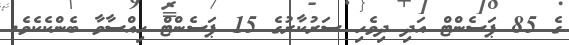
ގެ 85 ޕަސެންޓް އަދި ދިވެހި ސަރުކާރުގެ 15 ޕަސެންޓް ހިއްސާވާ ބެންކެކެވެ.